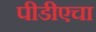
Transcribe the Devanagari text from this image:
पीडीएचा